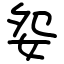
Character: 妴